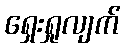
ရှေးရှုလျက်